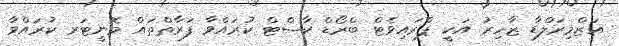
އަޒްމިރަލްޑާ ޒާހިރު އަކީ ޕްރައިވެޓް ބްރޯޑް ކާސްޓް ކުރައްވާ ފަރާތްތައް މޮނީޓަރ ކުރައްވާ